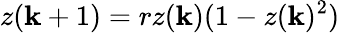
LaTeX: z(\mathbf{k}+1)=rz(\mathbf{k})(1-z(\mathbf{k})^{2})